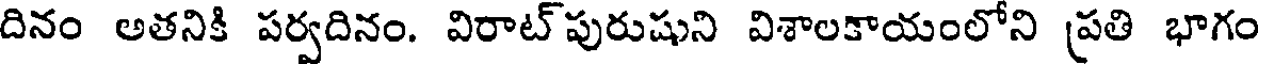
దినం అతనికి పర్వదినం. విరాట్ పురుషుని విశాలకాయంలోని (పతి భాగం